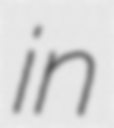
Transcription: in